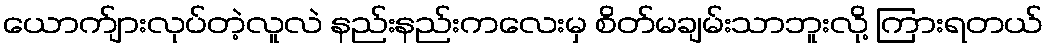
ယောက်ျားလုပ်တဲ့လူလဲ နည်းနည်းကလေးမှ စိတ်မချမ်းသာဘူးလို့ ကြားရတယ်